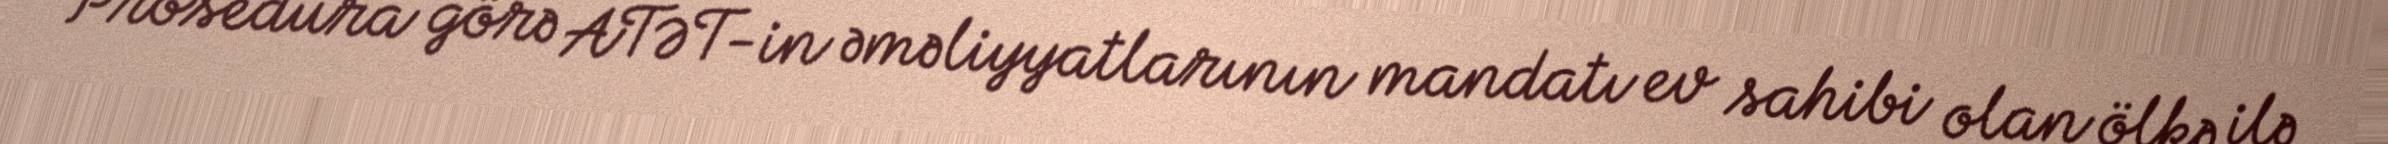
Prosedura görə ATƏT-in əməliyyatlarının mandatı ev sahibi olan ölkə ilə